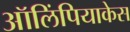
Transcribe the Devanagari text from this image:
ऑलिंपियाकेस